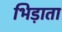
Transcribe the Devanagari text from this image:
भिड़ाता